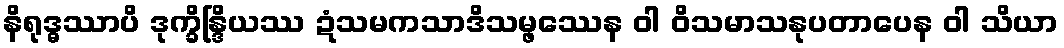
နိရုဒ္ဓဿာပိ ဒုက္ခိန္ဒြိယဿ ဍံသမကသာဒိသမ္ဖဿေန ဝါ ဝိသမာသနုပတာပေန ဝါ သိယာ